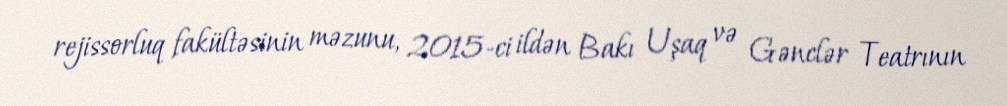
rejissorluq fakültəsinin məzunu, 2015-ci ildən Bakı Uşaq və Gənclər Teatrının